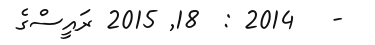
-   2014 :  18